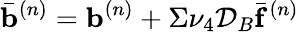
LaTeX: \bar{\mathbf{b}}^{(n)}=\mathbf{b}^{(n)}+\Sigma\nu_{4}\mathcal{D}_{B}\bar{\mathbf{f}}^{(n)}